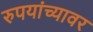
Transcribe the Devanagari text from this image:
रुपयांच्यावर